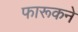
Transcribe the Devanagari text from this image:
फारूकने